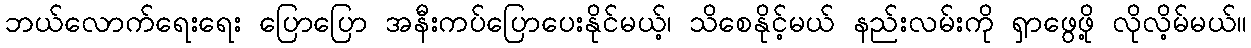
ဘယ်လောက်ရေးရေး ပြောပြော အနီးကပ်ပြောပေးနိုင်မယ့်၊ သိစေနိုင့်မယ် နည်းလမ်းကို ရှာဖွေဖို့ လိုလိ့မ်မယ်။